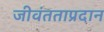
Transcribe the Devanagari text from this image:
जीवंतताप्रदान